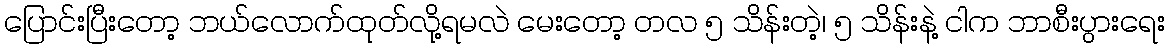
ပြောင်းပြီးတော့ ဘယ်လောက်ထုတ်လို့ရမလဲ မေးတော့ တလ ၅ သိန်းတဲ့၊ ၅ သိန်းနဲ့ ငါက ဘာစီးပွားရေး